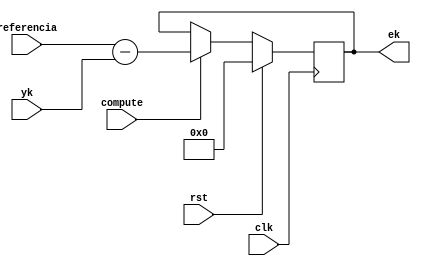
`timescale 1ns / 1ps
//////////////////////////////////////////////////////////////////////////////////
// Company: 
// Engineer: 
// 
// Design Name: 
// Module Name:    ek_compute 
// Project Name: 
// Target Devices: 
// Tool versions: 
// Description: 
//
// Dependencies: 
//
// Revision: 
// Revision 0.01 - File Created
// Additional Comments: 
//
//////////////////////////////////////////////////////////////////////////////////
module ek_compute(clk, rst, compute, referencia, yk, ek);
	input clk, rst, compute;           // compute es para indicar q haga el calculo de ek, osea como un enable 
	input signed [7:0] referencia;     // 8bits de referencia q le metemos nosotros con los switches
	input signed [8:0] yk;             // yk calculado de otro mdulo, son 9bits xq se tiene q meter el signo 
	output reg [8:0] ek;               // igual aca son 9bits por el signo
	
always @ (posedge clk)
	if (rst)
		ek = 9'b0;
	else begin
		if (compute)
			ek = referencia - yk;        // Determina el error e inicia el calculo del regulador PID
		else 
			ek = ek;                     // si no se debe hacer el calculo del error, el ek permanece con el valor anterior
	end

endmodule